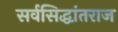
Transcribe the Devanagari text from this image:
सर्वसिद्धांतराज